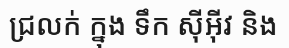
ជ្រលក់ ក្នុង ទឹក ស៊ីអ៊ីវ និង